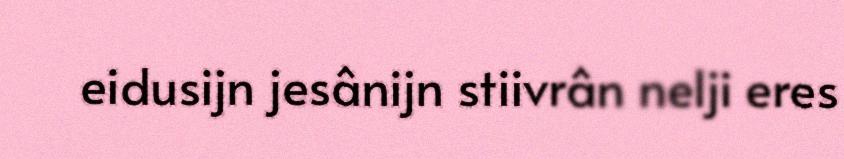
eidusijn jesânijn stiivrân nelji eres